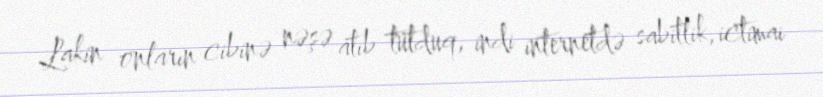
Lakin onların cibinə nəşə atıb tutduq, indi internetdə sabitlik, ictimai